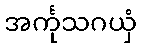
အင်္ကုသဂယှံ